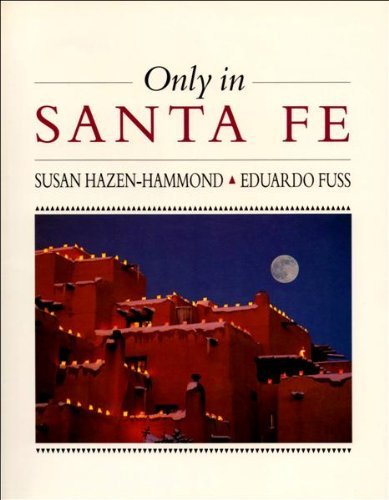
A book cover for Only in Santa Fe; Susan Hazen-Hammond; Travel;